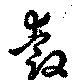
叡